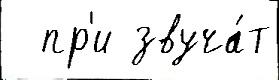
  пр'и звуча́т